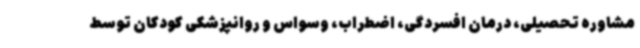
مشاوره تحصیلی، درمان افسردگی، اضطراب، وسواس و روانپزشکی کودکان توسط